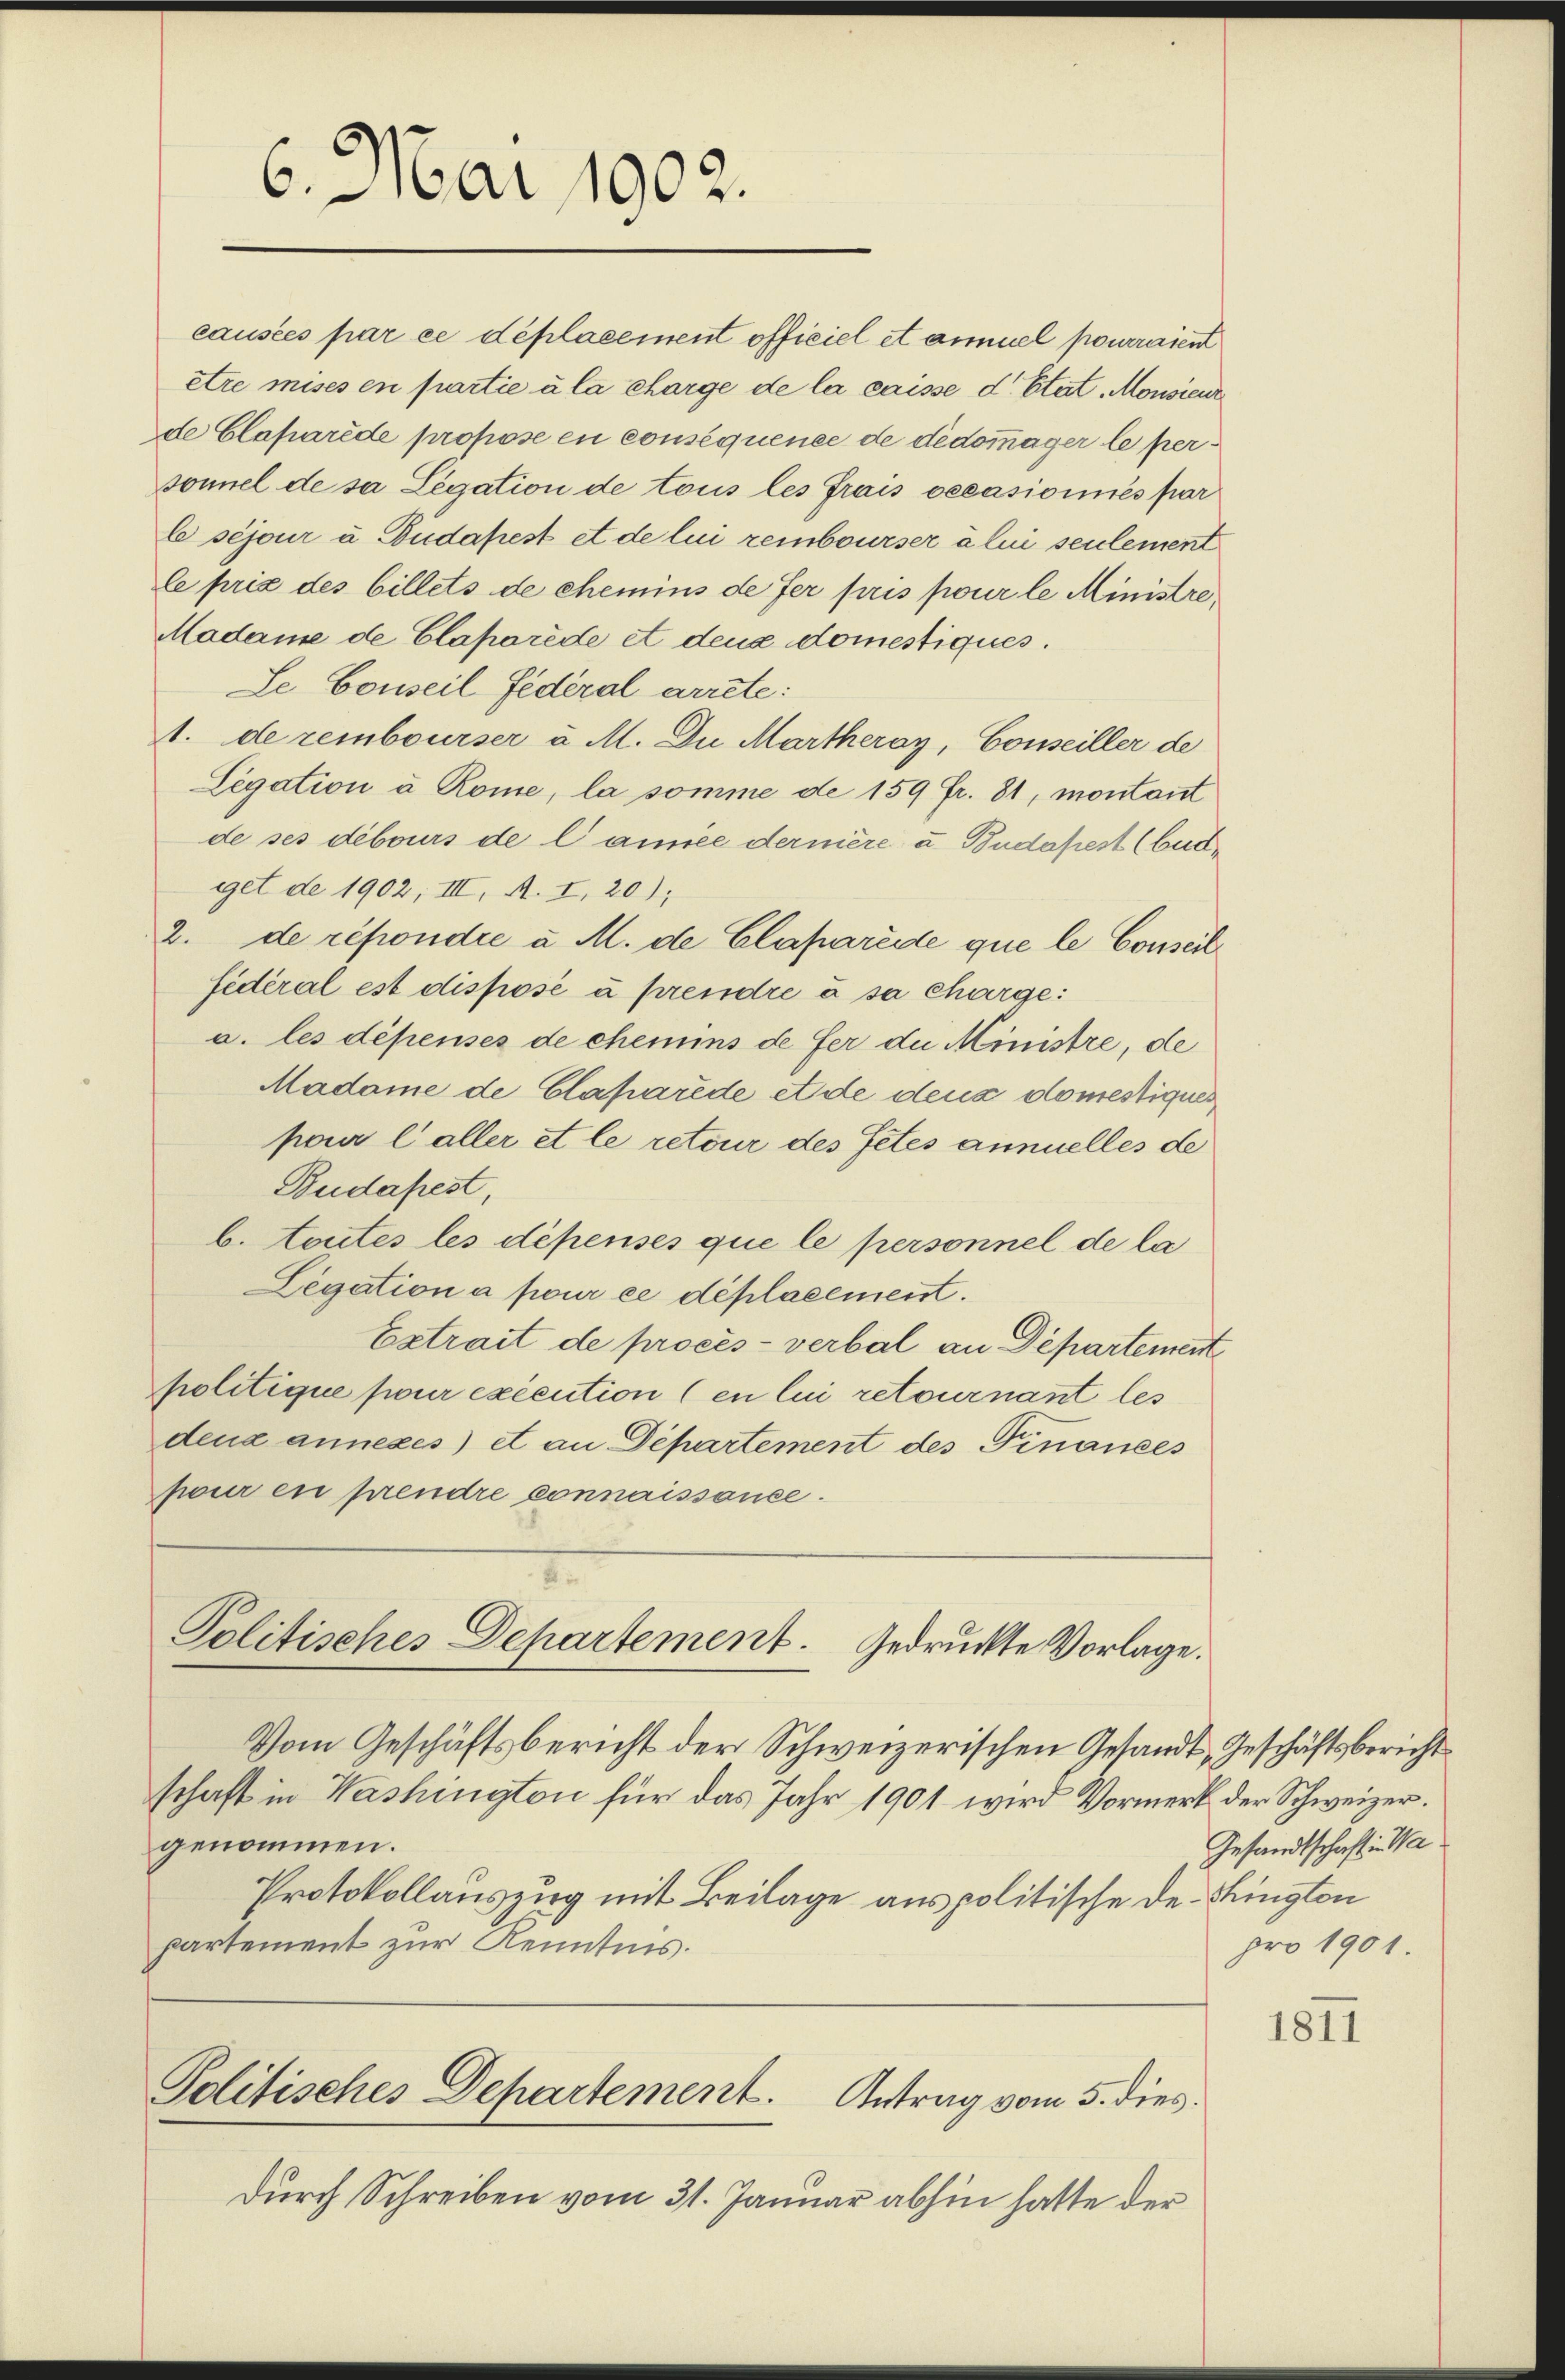
6. Mai 1902.

causées par ce déplacement officiel et ainuel pourraient
etre mises en partie à la charge de la caisse d. Etat. Monsieur
de Claparede propose en conséquence de dédommager le personnel de sa Legation de tous les frais occasionnés par
bséjour u. Budapest et de lui rembourser à lui seulement
le prix des billets de chemins de fer pris pour le Ministre
Madame de Claporede et deux domestiques.
Le Conseil Federal arrete:
1. de rembourser u. M. Du Martheroy, Conseiller de
Legation à Rome, la somme de 159 Fr. 81, montant
de ses debours de l’année dernière u. Budapest (bud
get de 1902, III, A. I, 20);
2. de répondre u. M. de Clapareie que le Conseil
fédéral est disposé à prendre à sa charge:
a. les dépenses de chemins de fer die Ministre, de
Madame de Claßarede et de deux domestiques
pour laller et le retour des Petes annuelles de
Budapest,
b. Toutes les dépenses que le personnel de la
Legation a pour ce déplacement.
Extrait de procès-verbal an Departement
politique pour exécution (en lui retournant les
denz annexes) et an Departement des Finanzes
pour en prendre connaissance.

Politisches Departement. Gedruckte Vorlage.

Vom Geschäftsbericht der Schweizerischen Gesandt, Geschäftsbericht
schaft in Washington für das Jahr 1901 wird Vormerk der Schweizer.
genommen.
Protokollauszug mit Beilage aus politische de. Bington
partement zur Kenntnis.

Politisches Departement. Antrag vom 5. dies

durch Schreiben vom 31. Januar abhin hatte der

Gesandtschaft in Wa
pro 1901.

1811